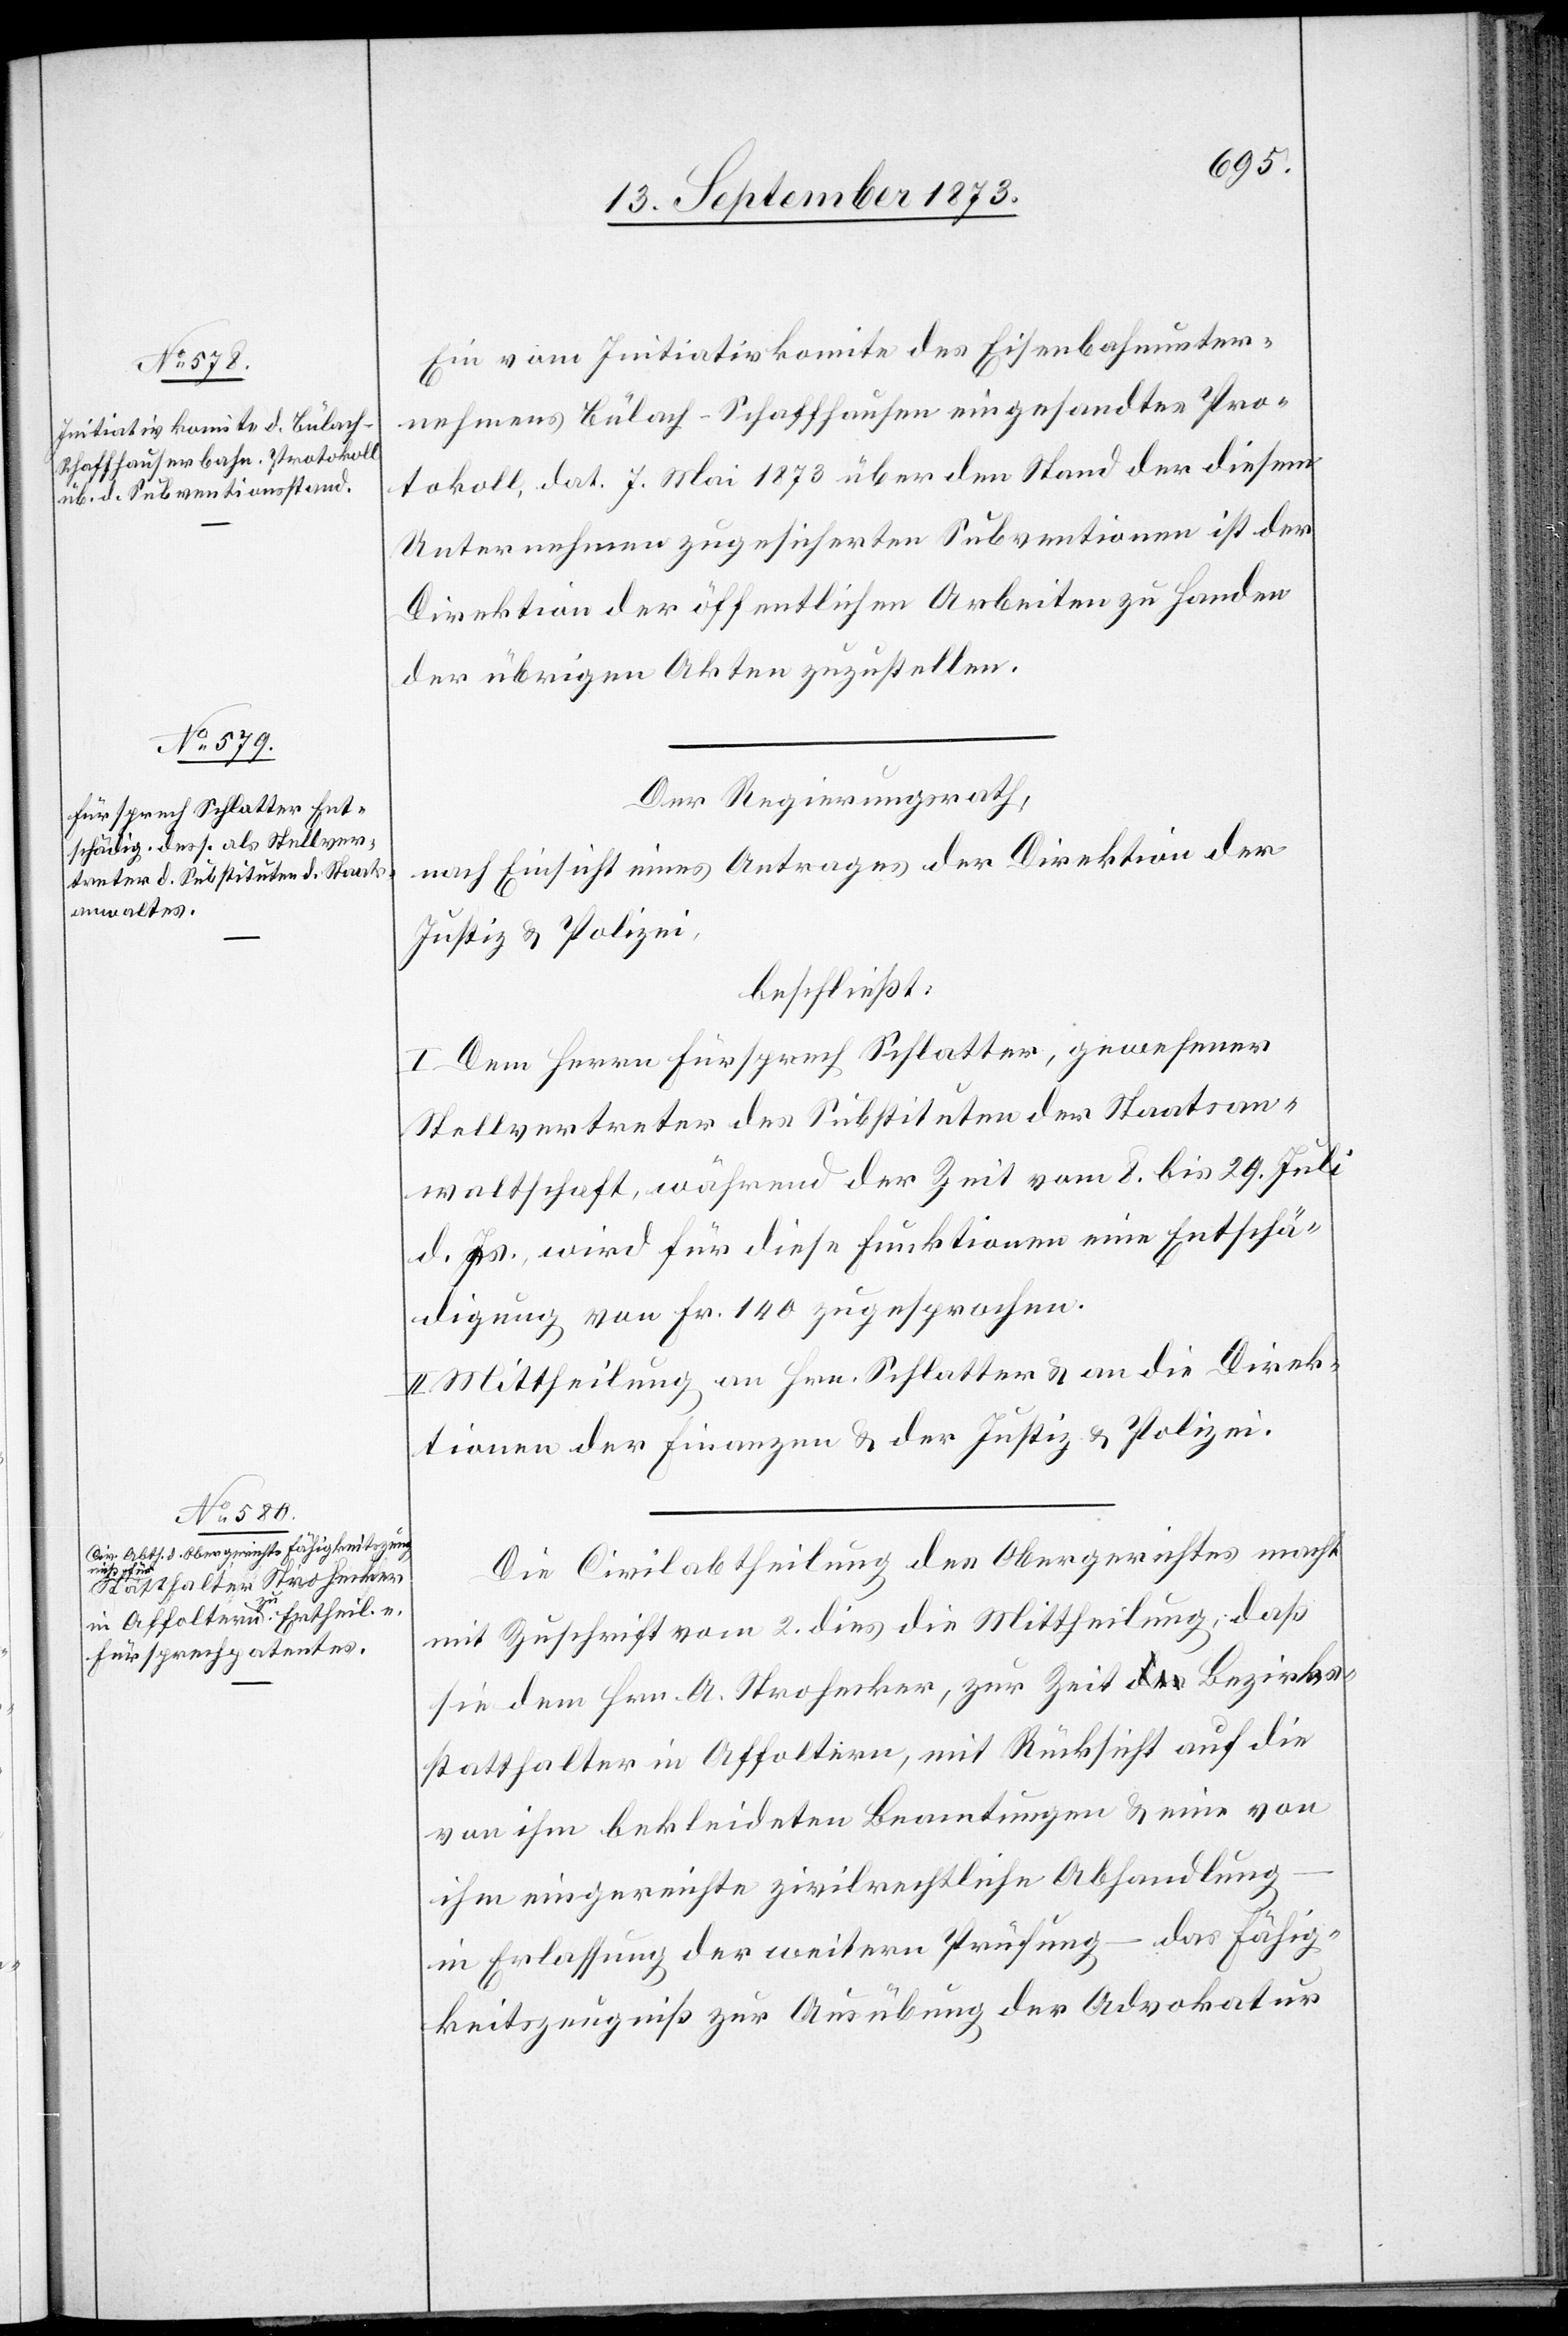
Ein vom Initiativkomite des Eisenbahnunter¬
nehmens Bülach–Schaffhausen eingesandtes Pro¬
tokoll, dat. 7. Mai 1873 über den Stand der diesem
Unternehmen zugesicherten Subventionen ist der
Direktion der öffentlichen Arbeiten zu Handen
der übrigen Akten zuzustellen.
Der Regierungsrath,
nach Einsicht eines Antrages der Direktion der
Justiz & Polizei,
beschließt:
I. Dem Herrn Fürsprech Schlatter, gewesener
Stellvertreter des Substituten der Staatsan¬
waltschaft, während der Zeit vom 8. bis 29. Juli
d. Js. wird für diese Funktionen eine Entschä¬
digung von Fr. 140 zugesprochen.
II. Mittheilung an Hrn. Schlatter & an die Direk¬
tionen der Finanzen & der Justiz & Polizei.
Die Civilabtheilung des Obergerichtes macht
mit Zuschrift vom 2. dies die Mittheilung, daß
sie dem Hrn. A. Strohecker, zur Zeit Bezirks¬
statthalter in Affoltern, mit Rücksicht auf die
von ihm bekleideten Beamtungen & eine von
ihm eingereichte zivilrechtliche Abhandlung
in Erlassung der weitern Prüfung – das Fähig¬
keitszeugniß zur Ausübung der Advokatur